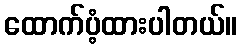
ထောက်ပံ့ထားပါတယ်။